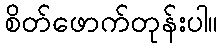
စိတ်ဖောက်တုန်းပါ။